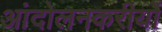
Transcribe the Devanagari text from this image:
आंदोलनकरीयों